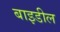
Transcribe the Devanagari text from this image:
बाइडील